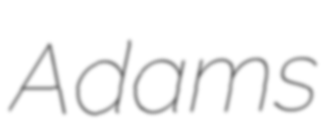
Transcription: Adams